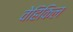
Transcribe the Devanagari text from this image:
वेहिकिल